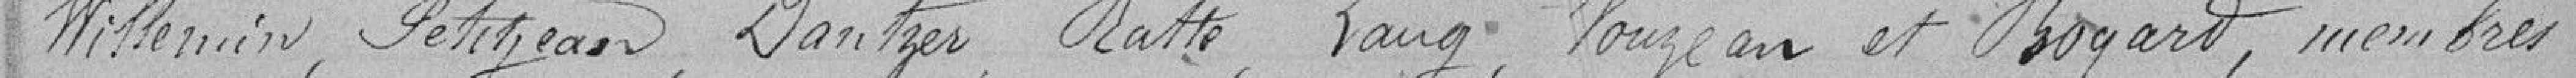
Willemin, Petijean, Dantzer, Ratte, Lang, Vouzean et Bogard, membres